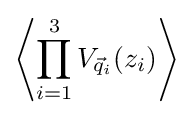
\left\langle \prod _{i=1}^{3}V_{{\vec {q}}_{i}}(z_{i})\right\rangle